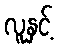
လူနှင့်